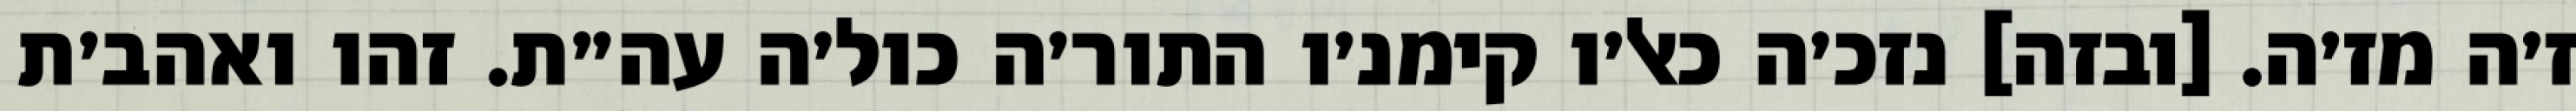
ז׳ה מז׳ה. [ובזה] נזכ׳ה כאל׳ו קימנ׳ו התור׳ה כול׳ה עה״ת. זהו ואהב׳ת